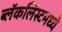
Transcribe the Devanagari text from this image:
ब्लॅकलिस्टमध्ये